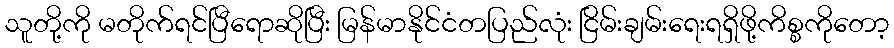
သူတို့ကို မတိုက်ရင်ပြီရောဆိုပြီး မြန်မာနိုင်ငံတပြည်လုံး ငြိမ်းချမ်းရေးရရှိဖို့ကိစ္စကိုတော့